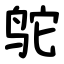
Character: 鸵